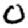
Digit: 0